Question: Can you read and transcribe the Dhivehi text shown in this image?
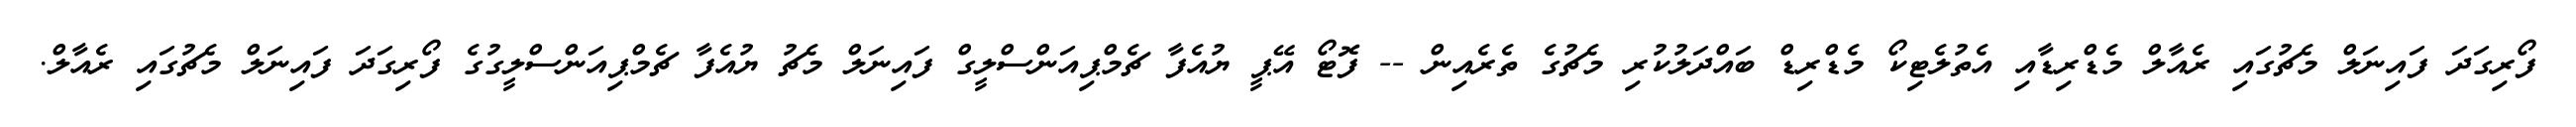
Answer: ފޯރިގަދަ ފައިނަލް މެޗުގައި ރެއާލް މެޑްރިޑާއި އެތުލެޓިކޯ މެޑްރިޑް ބައްދަލުކުރި މެޗުގެ ތެރެއިން -- ފޮޓޯ އޭޕީ ޔުއެފާ ޗެމްޕިއަންސްލީގް ފައިނަލް މެޗު ޔުއެފާ ޗެމްޕިއަންސްލީގުގެ ފޯރިގަދަ ފައިނަލް މެޗުގައި ރެއާލް.